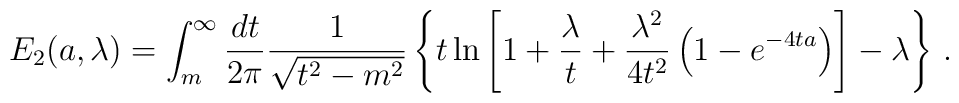
E_2(a,\lambda)=\int_m^\infty\frac{dt}{2\pi}\frac{1}{\sqrt{t^2-m^2}}\left\{t \ln\left[1+\frac{\lambda}{t}+\frac{\lambda^2}{4t^2}\left(1-e^{-4ta}\right)\right]-\lambda\right\}\,.